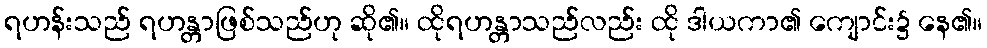
ရဟန်းသည် ရဟန္တာဖြစ်သည်ဟု ဆို၏။ ထိုရဟန္တာသည်လည်း ထို ဒါယကာ၏ ကျောင်း၌ နေ၏။